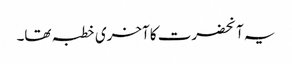
یہ آنحضرت کا آخری خطبہ تھا۔